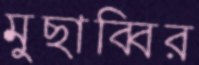
মুছাব্বির